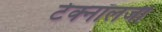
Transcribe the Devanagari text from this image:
टेक्‍नॉलजी